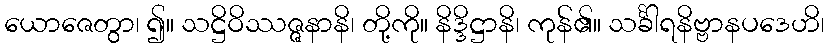
ယောဇေတွာ၊ ၍။ သဋ္ဌိဝိဿဇ္ဇနာနိ၊ တို့ကို။ နိဒ္ဒိဋ္ဌာနိ၊ ကုန်၏။ သင်္ခါရနိဗ္ဗာနပဒေဟိ၊